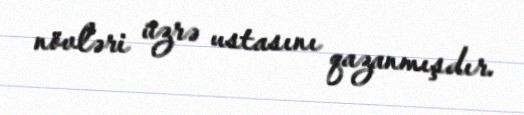
növləri üzrə ustasını qazanmışdır.